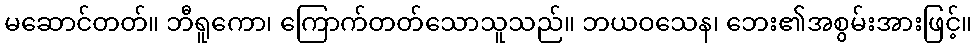
မဆောင်တတ်။ ဘီရူကော၊ ကြောက်တတ်သောသူသည်။ ဘယဝသေန၊ ဘေး၏အစွမ်းအားဖြင့်။